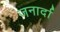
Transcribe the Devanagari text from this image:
जनार्दा